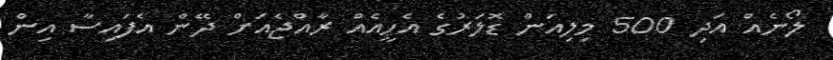
ލޯނެއް އަދި 500 މިލިއަން ޑޮލަރުގެ އެހީއެއް ރާއްޖެއަށް ދޭން އެފައިސާ އިން